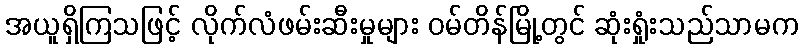
အယူရှိကြသဖြင့် လိုက်လံဖမ်းဆီးမှုများ ဝမ်တိန်မြို့တွင် ဆုံးရှုံးသည်သာမက